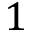
1